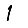
Digit: 1